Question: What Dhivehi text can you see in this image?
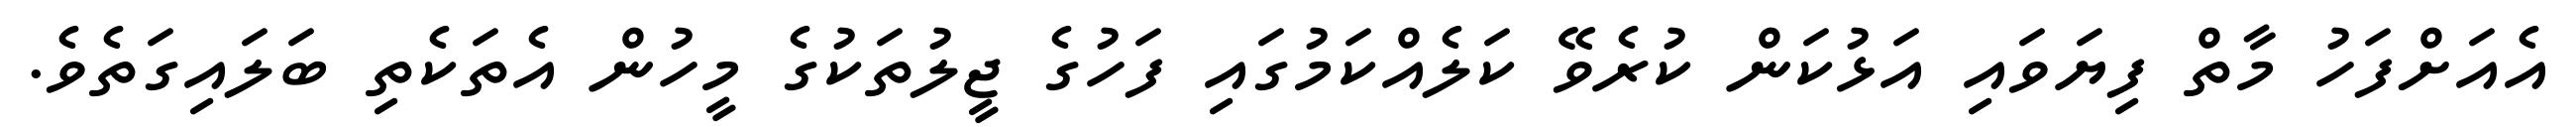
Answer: އެއަށްފަހު މާތް ފިޔަވައި އަޅުކަން ކުރެވޭ ކަލެއްކަމުގައި ފަހުގެ ޖީލުތަކުގެ މީހުން އެތަކެތި ބަލައިގަތެވެ.